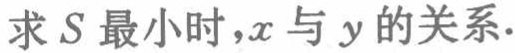
求\(S\)最小时，\(x\)与\(y\)的关系.